Lunatic asylums Bombay report 1891-1903 - 1891-1903
Year: 1891
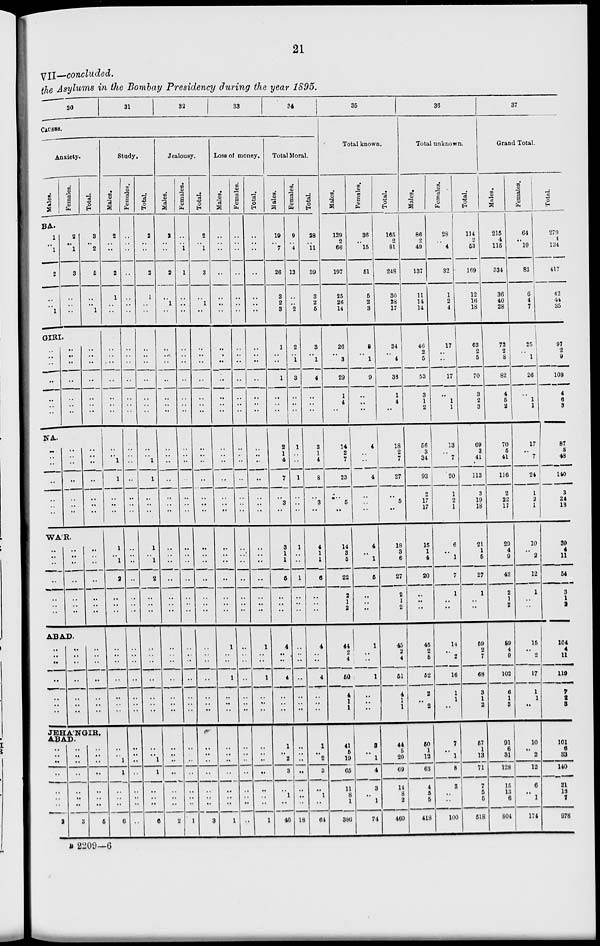
21
VII—concluded.
the Asylums in the Bombay Presidency during the year 1895.
30
31
32
33
34
CAUSES.
Anxiety.
Males.
Females.
Total.
BA.
1
..
1
2
..
..
1
2
..
1
3
..
..
..
3
..
2
5
..
..
1
GIRI.
..
..
..
..
..
..
..
..
..
..
..
..
..
..
..
..
..
..
..
..
..
NA.
..
..
..
..
..
..
..
..
..
..
..
..
..
..
..
..
..
..
..
..
..
WA'R.
..
..
..
..
..
..
..
..
..
..
..
..
..
..
..
..
..
..
..
..
..
ABAD.
..
..
..
..
..
..
..
..
..
..
..
..
..
..
..
..
..
..
..
..
..
JEHA'NGIR,
ABAD.
..
.. ..
..
..
..
..
2
..
..
..
..
..
..
..
3
..
..
..
..
..
..
..
5
Study.
Males.
2
..
..
2
1
..
..
..
..
..
..
..
..
..
..
..
1
1
..
..
..
1
..
1
2
..
..
..
..
..
..
..
..
..
..
..
..
1
1
..
..
..
6
Females.
..
..
..
..
..
..
..
..
..
..
..
..
..
..
..
..
..
..
..
..
..
..
..
..
..
..
..
..
..
..
..
..
..
..
..
..
..
..
..
..
..
..
Total.
2
..
..
2
1
..
..
..
..
..
..
..
..
..
..
..
1
1
..
..
..
1
..
1
2
..
..
..
..
..
..
..
..
..
..
..
..
1
1
..
..
..
6
Jealousy.
Males.
2
..
..
2
..
1
..
..
..
..
..
..
..
..
..
..
..
..
..
..
..
..
..
..
..
..
..
..
..
..
..
..
..
..
..
..
..
..
..
..
..
2
Females.
..
..
1
1
..
..
..
..
..
..
..
..
..
..
..
..
..
..
..
..
..
..
..
..
..
..
..
..
..
..
..
..
..
..
..
..
..
..
..
..
..
..
1
Total.
2
..
1
3
..
1
..
..
..
..
..
..
..
..
..
..
..
..
..
..
..
..
..
..
..
..
..
..
..
..
..
..
..
..
..
..
..
..
..
..
..
..
3
Loss o money.
Males.
..
..
..
..
..
..
..
..
..
..
..
..
..
..
..
..
..
..
..
..
..
..
..
..
..
..
..
..
1
..
..
1
..
..
..
..
..
..
..
..
..
..
1
Females.
..
..
..
..
..
..
..
..
..
..
..
..
..
..
..
..
..
..
..
..
..
..
..
..
..
..
..
..
..
..
..
..
..
..
..
..
..
..
..
..
..
..
..
Total.
..
..
..
..
..
..
..
..
..
..
..
..
..
..
..
..
..
..
..
..
..
..
..
..
..
..
..
..
1
..
..
1
..
..
..
..
..
..
..
..
..
..
1
Total Moral.
Males.
19
..
7
26
3
2
3
1
..
..
1
..
..
..
2
1
4
7
..
3
..
3
1
1
5
..
..
..
4
..
..
4
..
..
..
1
..
2
3
..
1
..
46
Females.
9
..
4
13
..
..
2
2
..
1
3
..
..
..
1
..
..
1
..
..
..
1
..
..
1
..
..
..
..
..
..
..
..
..
..
..
..
..
..
..
..
..
18
Total.
28
..
11
39
3
2
5
3
..
1
4
..
..
..
3
1
4
8
..
3
..
4
1
1
6
..
..
..
4
..
..
4
..
..
..
1
..
2
3
..
1
..
61
35
Total known.
Males.
129
2
66
197
25
26
14
26
..
3
29
1
4
..
14
2
7
23
..
5
..
14
3
5
22
2
1
2
44
2
4
50
4
1
1
41
5
19
65
11
8
1
386
Females.
36
..
15
51
5
2
3
8
..
1
9
..
..
..
4
..
..
4
..
..
..
4
..
1
5
..
..
..
1
..
..
1
..
..
..
3
..
1
4
3
..
1
74
Total.
165
2
81
248
30
28
17
34
..
4
38
1
4
..
18
2
7
27
..
5
..
18
3
6
27
2
1
2
45
2
4
51
4
1
1
44
5
20
69
14
8
2
460
36
Total unknown.
Males.
86
2
49
137
11
14
14
46
2
5
53
3
1
2
56
3
34
93
2
17
17
15
1
4
20
..
..
..
45
2
5
52
2
..
2
50
1
12
63
4
5
5
418
Females.
28
..
4
32
1
2
4
17
..
..
17
..
1
1
13
..
7
20
1
2
1
6
..
1
7
1
..
..
14
..
2
16
1
1
..
7
..
1
8
3
..
..
100
Total.
114
2
53
169
12
16
18
63
2
5
70
3
2
3
69
3
41
113
3
19
18
21
1
5
27
1
..
..
59
2
7
68
3
1
2
57
1
13
71
7
5
5
518
37
Grand Total.
Males.
215
4
115
334
36
40
28
72
2
8
82
4
5
2
70
5
41
116
2
22
17
29
4
9
42
2
1
2
89
4
9
102
6
1
3
91
6
31
128
15
13
6
804
Females.
64
..
19
83
6
4
7
25
..
1
26
..
1
1
17
..
7
24
1
2
1
10
..
2
12
1
..
..
15
..
2
17
1
1
..
10
.. 2
12
6
..
1
174
Total.
279
4
134
417
42
44
35
97
2
9
108
4
6
3
87
5
48
140
3
24
18
39
4
11
54
3
1
2
104
4
11
110
7
2
3
101
6
33
140
21
13
7
978
B 2209—6